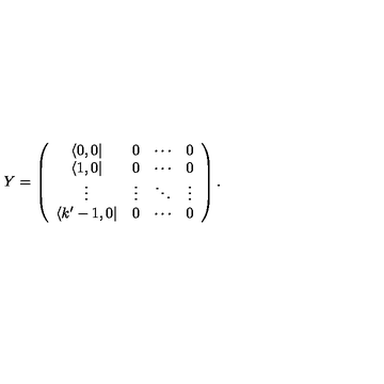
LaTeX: Y = \left( \begin{array} { c c c c } { \langle 0 , 0 | } & { 0 } & { \cdots } & { 0 } \\ { \langle 1 , 0 | } & { 0 } & { \cdots } & { 0 } \\ { \vdots } & { \vdots } & { \ddots } & { \vdots } \\ { \langle k ^ { \prime } - 1 , 0 | } & { 0 } & { \cdots } & { 0 } \\ \end{array} \right) .